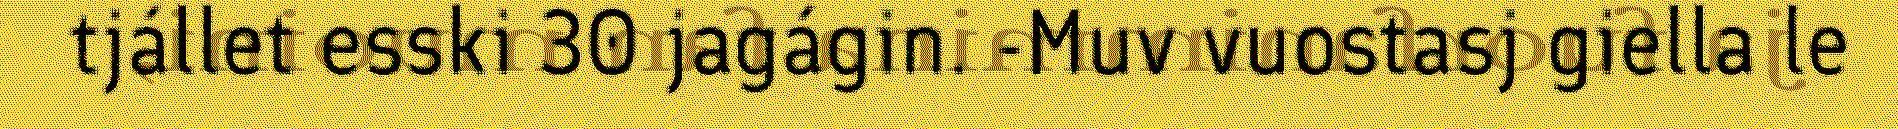
tjállet esski 30 jagágin. -Muv vuostasj giella le